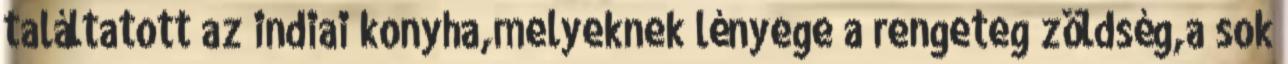
találtatott az indiai konyha,melyeknek lényege a rengeteg zöldség,a sok